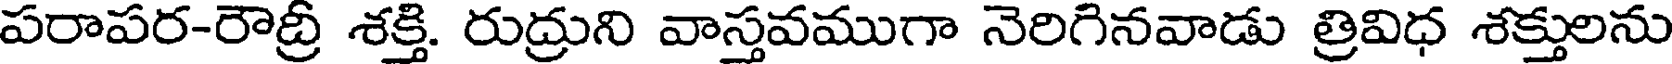
పరాపర-రౌద్రీ శక్తి. రుద్రుని వాస్తవముగా నెరిగినవాడు త్రివిధ శక్తులను